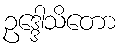
ဥဒ္ဒေါသိတော